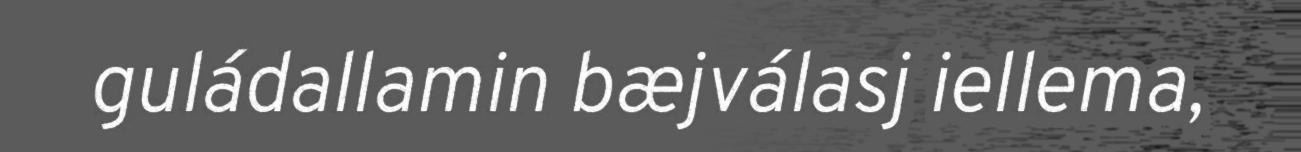
guládallamin bæjválasj iellema,